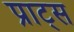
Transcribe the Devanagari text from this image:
प्राट्स